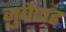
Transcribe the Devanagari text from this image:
ज़ुबैदाह